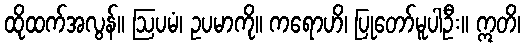
ထိုထက်အလွန်။ ဩပမံ၊ ဥပမာကို။ ကရောဟိ၊ ပြုတော်မူပါဦး။ ဣတိ၊